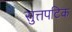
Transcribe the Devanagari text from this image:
सुत्तपटिक